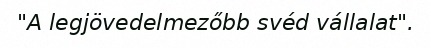
"A legjövedelmezőbb svéd vállalat".